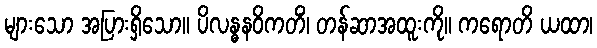
များသော အပြားရှိသော။ ပိလန္ဓနဝိကတိံ၊ တန်ဆာအထူးကို။ ကရောတိ ယထာ၊